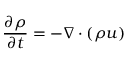
\frac { \partial \rho } { \partial t } = - \nabla \cdot ( \rho \boldsymbol { u } )